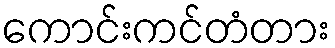
ကောင်းကင်တံတား